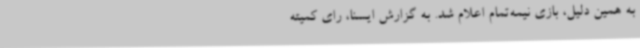
به همین دلیل، بازی نیمه‌تمام اعلام شد. به گزارش ایسنا، رای کمیته